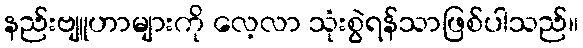
နည်းဗျူဟာများကို လေ့လာ သုံးစွဲရန်သာဖြစ်ပါသည်။